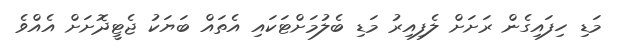
މަޑި ހިފައިގެން ރަށަށް ލެފިއިރު މަޑި ބެލުމަށްޓަކައި އެތައް ބަޔަކު ޖެޓީދޮށަށް އެއްވެ